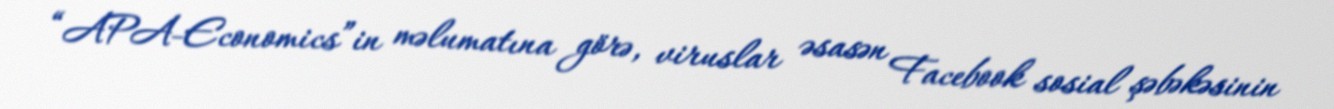
“APA-Economics”in məlumatına görə, viruslar əsasən Facebook sosial şəbəkəsinin